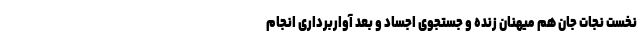
نخست نجات جان هم میهنان زنده و جستجوی اجساد و بعد آواربرداری انجام